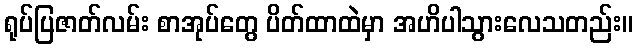
ရုပ်ပြဇာတ်လမ်း စာအုပ်တွေ ပိတ်ထာထဲမှာ အဟိပါသွားလေသတည်း။